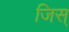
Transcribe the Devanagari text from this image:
जिस्